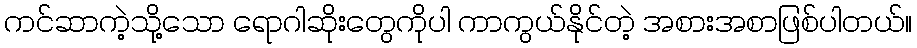
ကင်ဆာကဲ့သို့သော ရောဂါဆိုးတွေကိုပါ ကာကွယ်နိုင်တဲ့ အစားအစာဖြစ်ပါတယ်။